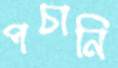
পচানি